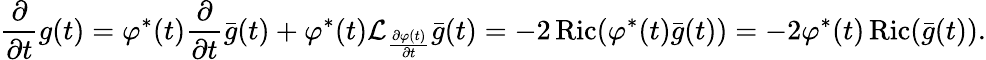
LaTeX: \frac{\partial}{\partial t}g(t)=\varphi^{*}(t)\frac{\partial}{\partial t}\bar{g}(t)+\varphi^{*}(t)\mathcal{L}_{\frac{\partial\varphi(t)}{\partial t}}\bar{g}(t)=-2\operatorname{Ric}(\varphi^{*}(t)\bar{g}(t))=-2\varphi^{*}(t)\operatorname{Ric}(\bar{g}(t)).